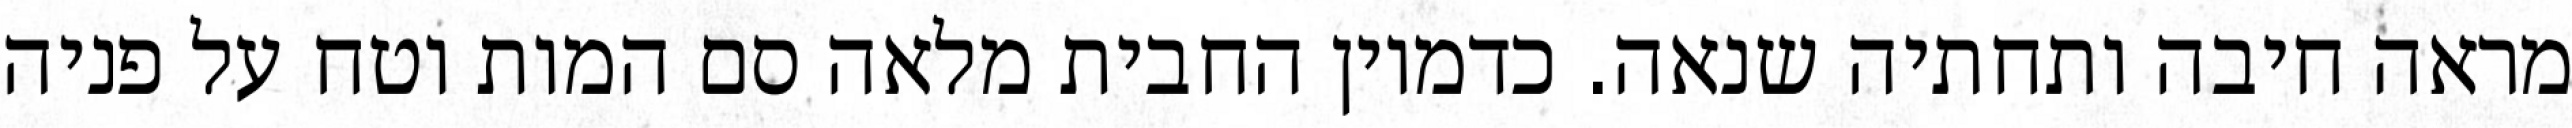
מראה חיבה ותחתיה שנאה. כדמיון החבית מלאה סם המות וטח על פניה